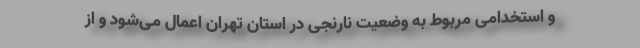
و استخدامی مربوط به وضعیت نارنجی در استان تهران اعمال می‌شود و از